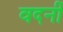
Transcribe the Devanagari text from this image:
वदनीं